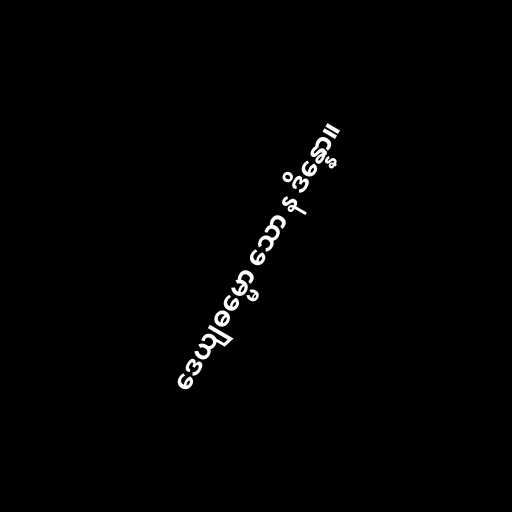
ဒေယျဓမ္မော သော န ဒိန္နော။